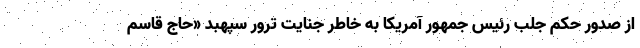
از صدور حکم جلب رئیس جمهور آمریکا به خاطر جنایت ترور سپهبد «حاج قاسم